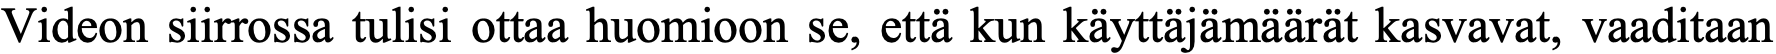
Videon siirrossa tulisi ottaa huomioon se, että kun käyttäjämäärät kasvavat, vaaditaan